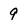
Character: 9